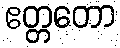
ဧတ္တတော